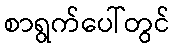
စာရွက်ပေါ်တွင်